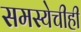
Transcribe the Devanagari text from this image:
समस्येचीही